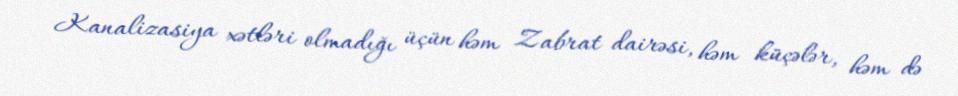
Kanalizasiya xətləri olmadığı üçün həm Zabrat dairəsi, həm küçələr, həm də